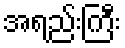
အရည်းကြီး